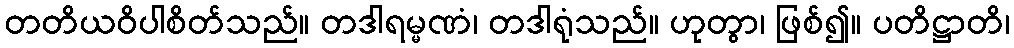
တတိယဝိပါစိတ်သည်။ တဒါရမ္မဏံ၊ တဒါရုံသည်။ ဟုတွာ၊ ဖြစ်၍။ ပတိဋ္ဌာတိ၊